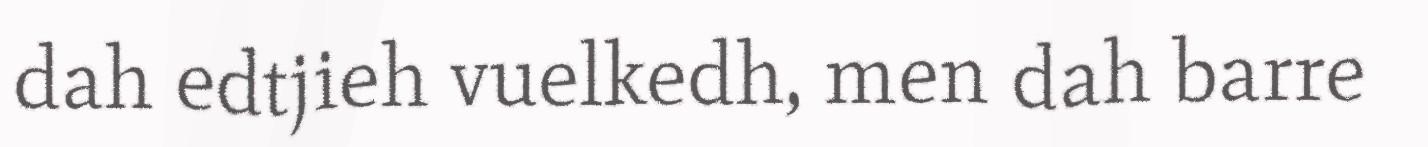
dah edtjieh vuelkedh, men dah barre